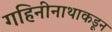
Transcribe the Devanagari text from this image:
गहिनीनाथाकडून